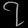
Digit: ၇